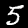
Label: 5